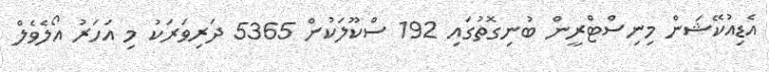
އެޑިއުކޭޝަން މިނިސްޓްރީން ބުނިގޮތުގައި 192 ސްކޫލަކުން 5365 ދަރިވަރަކު މި އަހަރު އޯލެވެލް